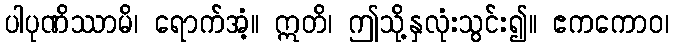
ပါပုဏိဿာမိ၊ ရောက်အံ့။ ဣတိ၊ ဤသို့နှလုံးသွင်း၍။ ဧကကောဝ၊